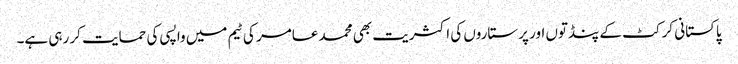
پاکستانی کرکٹ کے پنڈتوں اور پرستاروں کی اکثریت بھی محمد عامر کی ٹیم میں واپسی کی حمایت کر رہی ہے۔